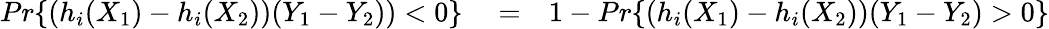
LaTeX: \begin{array}{rlr}{Pr\{ (h_{i}(X_{1})-h_{i}(X_{2}))(Y_{1}-Y_{2}))<0\} }&{{}=}&{1-Pr\{ (h_{i}(X_{1})-h_{i}(X_{2}))(Y_{1}-Y_{2})>0\} }\end{array}